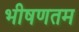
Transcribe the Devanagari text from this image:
भीषणतम